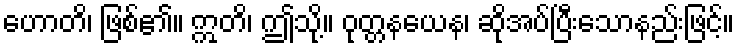
ဟောတိ၊ ဖြစ်၏။ ဣတိ၊ ဤသို့။ ဝုတ္တနယေန၊ ဆိုအပ်ပြီးသောနည်းဖြင့်။